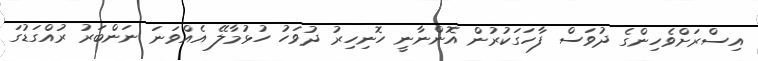
އިސްރަށްވެހިންގެ ދުވަސް ފާހަގަކުރުން އޮންނާނީ ހޮނިހިރު ދުވަހު ހުޅުމާލޭ އެއްވަނަ ނަންބަރު ރުއްގަޑުގަ